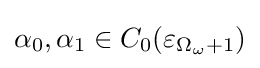
\alpha _{0},\alpha _{1}\in C_{0}(\varepsilon _{\Omega _{\omega }+1})